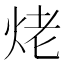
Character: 𮳥